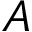
A